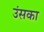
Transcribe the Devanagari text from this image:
उंसका